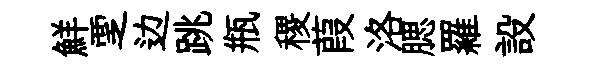
鮮覂边跳瓶稷葭洛腮羅設